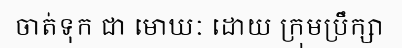
ចាត់ទុក ជា មោឃៈ ដោយ ក្រុមប្រឹក្សា